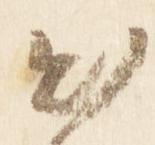
出